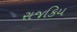
રાજકિય